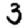
Digit: 3